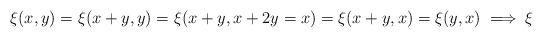
LaTeX: \begin{align*}\xi(x,y)=\xi(x+y,y)=\xi(x+y,x+2y=x)=\xi(x+y,x)=\xi(y,x) \implies \xi \end{align*}